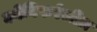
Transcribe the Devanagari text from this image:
कोनिफरेलीज़